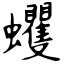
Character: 蠼